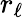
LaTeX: r_{\ell}